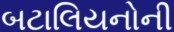
બટાલિયનોની